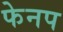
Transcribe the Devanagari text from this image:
फेनप